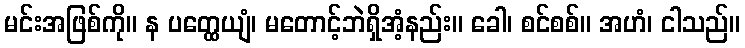
မင်းအဖြစ်ကို။ န ပတ္ထေယျံ၊ မတောင့်ဘဲရှိအံ့နည်း။ ခေါ၊ စင်စစ်။ အဟံ၊ ငါသည်။